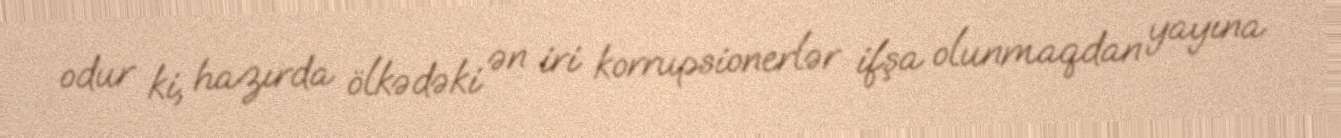
odur ki, hazırda ölkədəki ən iri korrupsionerlər ifşa olunmaqdan yayına